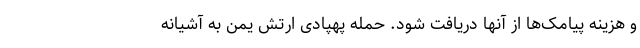
و هزینه پیامک‌ها از آنها دریافت شود. حمله پهپادی ارتش یمن به آشیانه